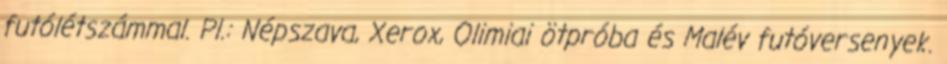
futólétszámmal. Pl.: Népszava, Xerox, Olimiai ötpróba és Malév futóversenyek.